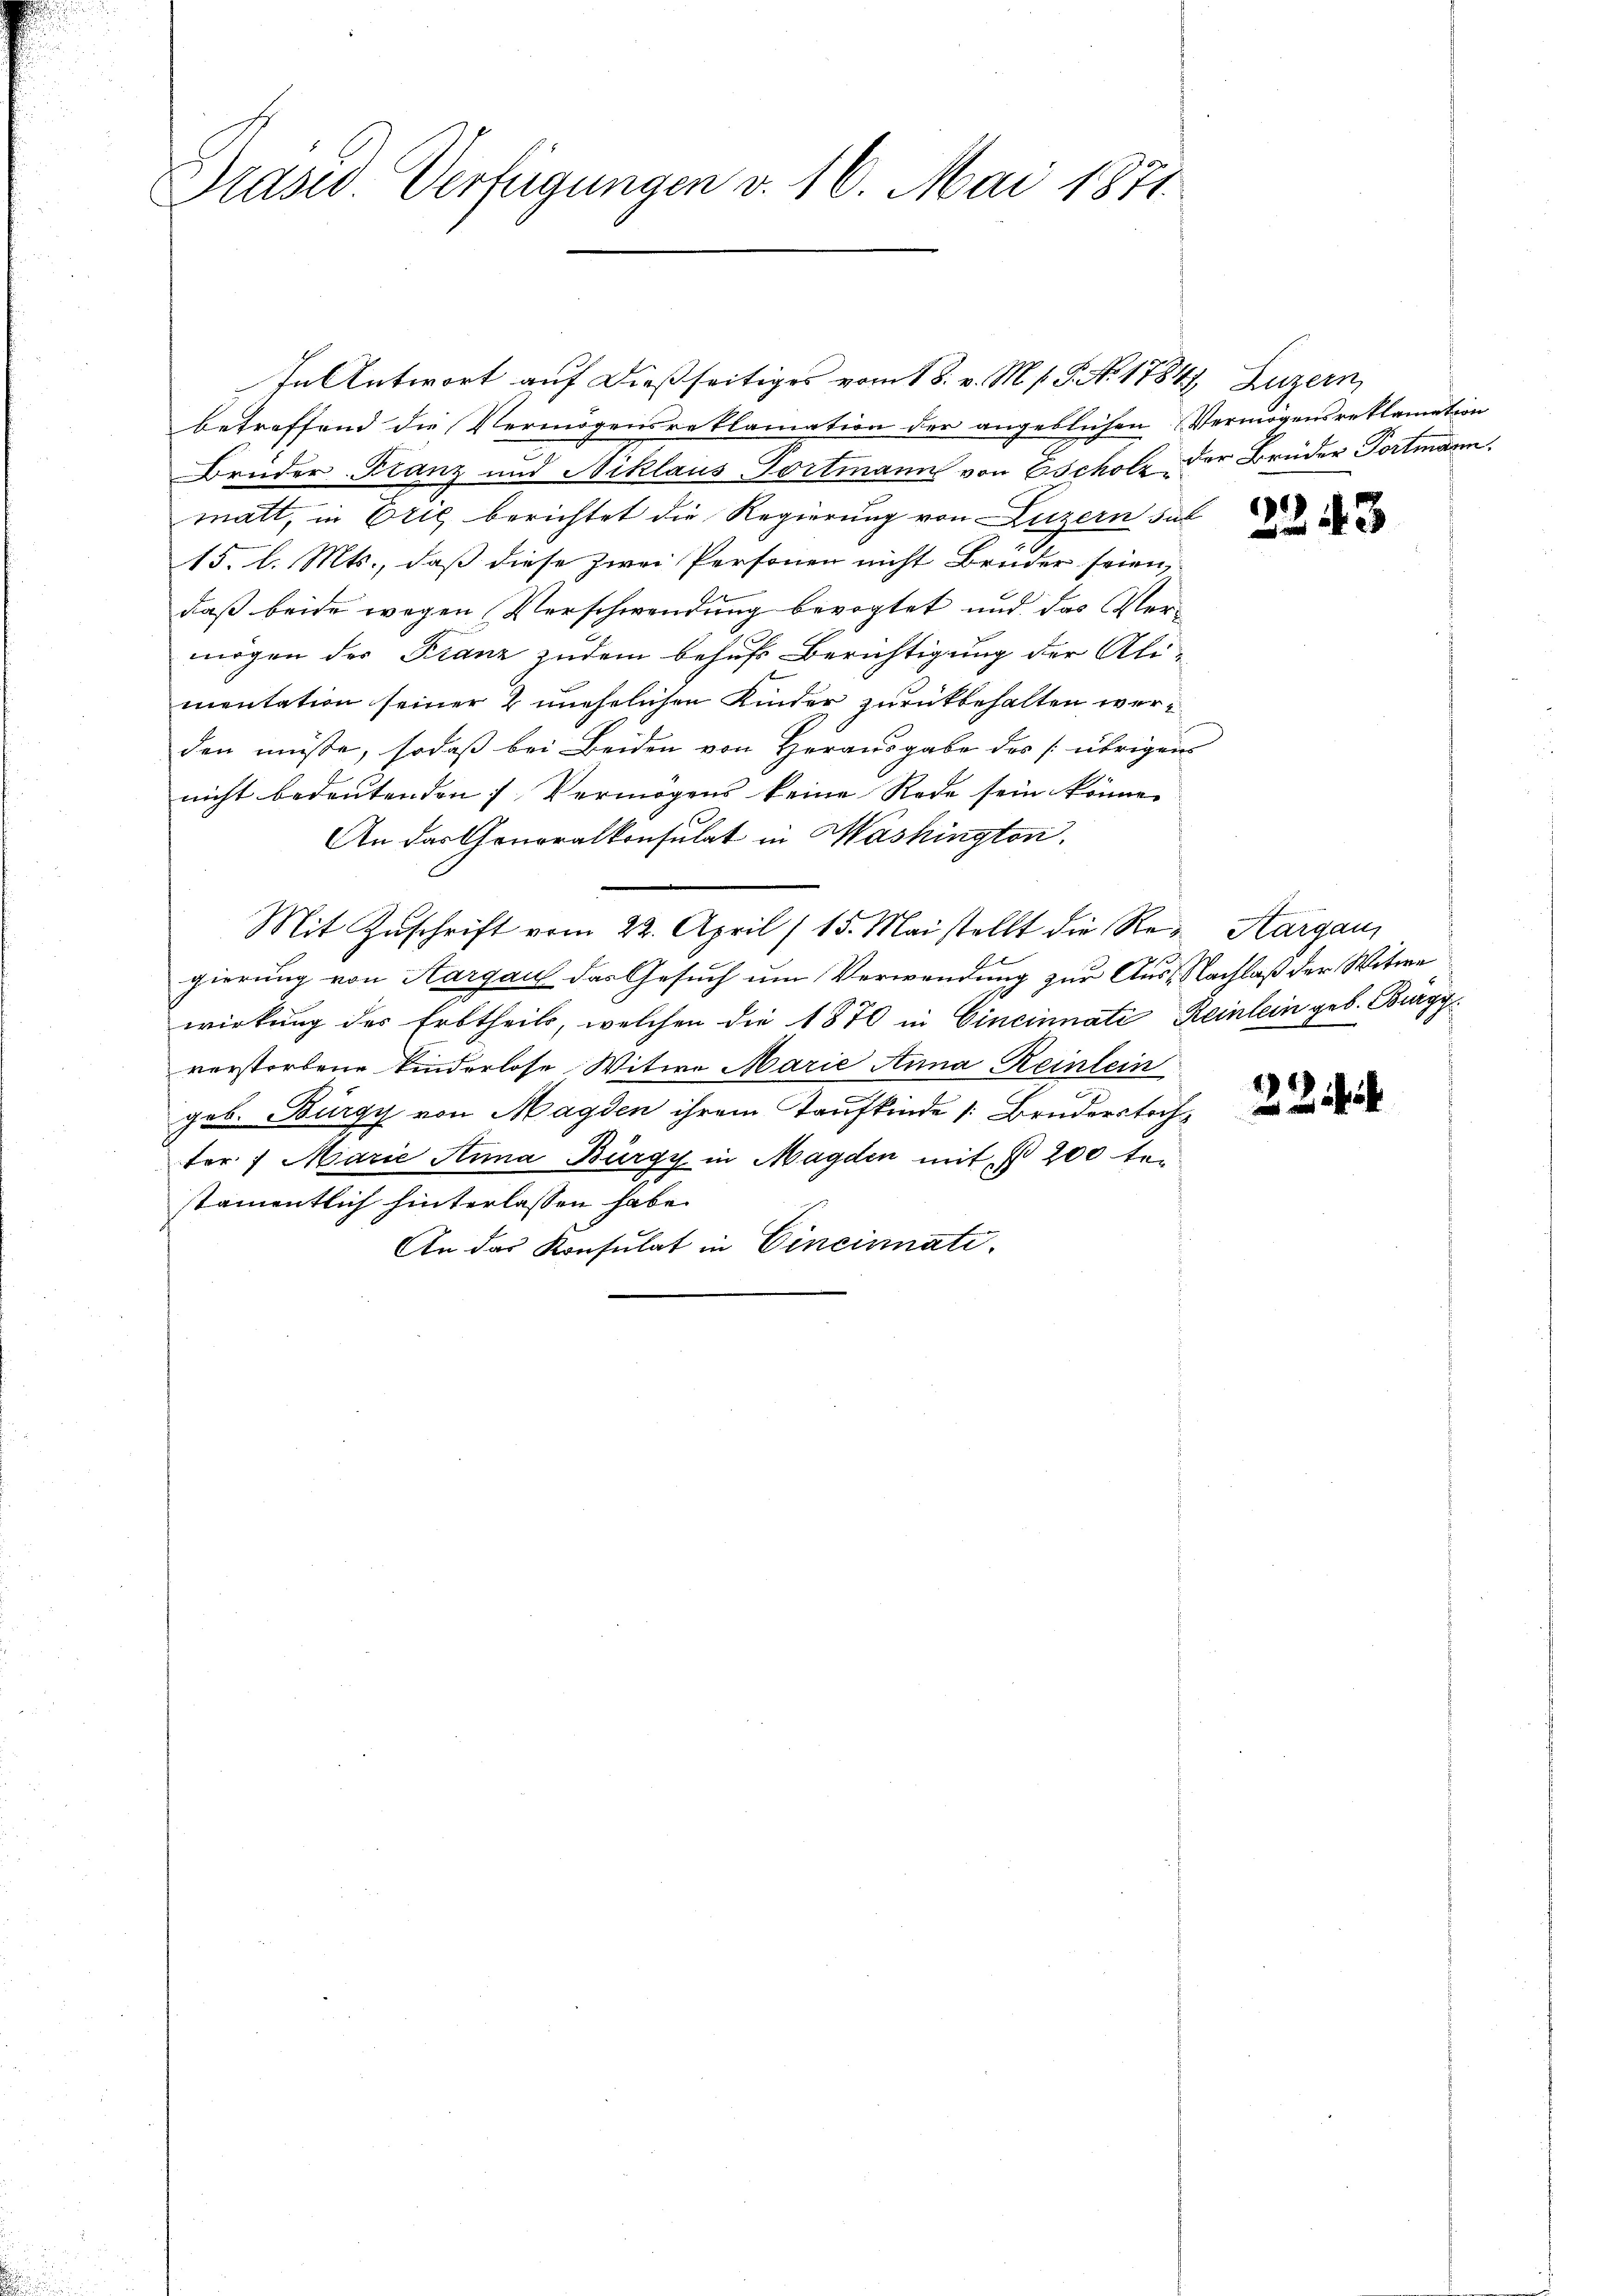
Präsid. Verfügungen v. 16. Mai 1871.

In Antwort auf dießseitiges vom 18. v. M. s. S. No. 1784, Luzern,
betreffend die Vermögensreklamation der angeblichen Vermögensreklamation
Brüder Franz und Niklaus Portmann von Escholz der Brüder Portmann.
matt, in Orte berichtet die Regierung von Luzern sub
15. l. Mts., daß diese zwei Personen nicht Bruder seien,
daß beide wegen Verschwendung bevogtet und das Vermögen der Franz zudem behufs Berichtigung der Alimentation seiner 2 unehelichen Kinder zurückbehalten werden müsse, sodaß bei Beiden von Herausgabe des übrigens
nicht bedeutenden 7 Vermögens keine Rede sein könne.
An das Generalkonsulat in Washington.
Mit Zŭschrift vom 22. April (15. Mai stellt die Re-Aargau,
gierung von Aargau das Gesuch um Verwendung zur Aus Nachlaß der Witwe
wirkung des Erbtheils, welchen die 1870 in Cincinnati Reinlein geb. Burgy
verstorbene Kinderlose Witwe Marie Anna Reinlein
geb. Burgy von Magden ihrem Taufkinde 1: Bruderstochter 7 Marie Anna Bürgy in Magden mit § 200 te-
stämentlich hinterlassen habe.
An das Konsulat in Cincinati

)

43

22 f